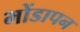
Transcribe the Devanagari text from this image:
भोंडापन